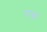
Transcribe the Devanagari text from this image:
एक